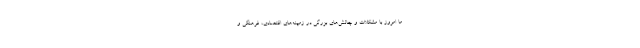
ما امروز با مشکلات و چالش‌های بزرگی در زمینه‌های اقتصادی، فرهنگی و